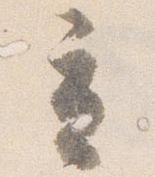
立